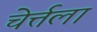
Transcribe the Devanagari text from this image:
चेर्त्तला